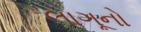
લાગૂનો